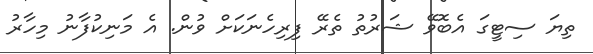
ތިޔަ ސިޓީގަ އެބޮވޭ ޝަރުތު ތެރޭ ފިރިހެނަކަށް ވުން. އެ މަނިކުފާނު މިހާރު